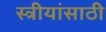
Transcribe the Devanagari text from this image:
स्त्रीयांसाठी